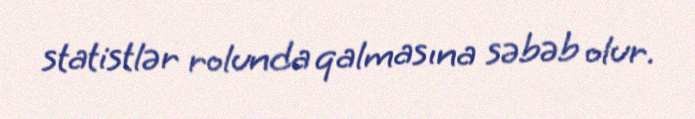
statistlər rolunda qalmasına səbəb olur.